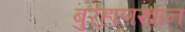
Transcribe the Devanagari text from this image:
बुर्‍हाणखान